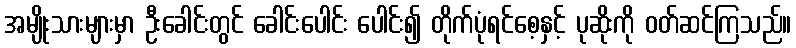
အမျိုးသားများမှာ ဦးခေါင်းတွင် ခေါင်းပေါင်း ပေါင်း၍ တိုက်ပုံရင်စေ့နှင့် ပုဆိုးကို ဝတ်ဆင်ကြသည်။